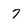
Character: 7